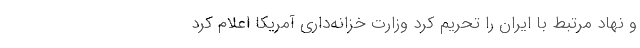
و نهاد مرتبط با ایران را تحریم کرد وزارت خزانه‌داری آمریکا اعلام کرد